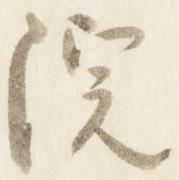
院